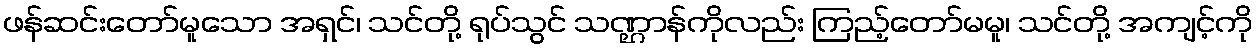
ဖန်ဆင်းတော်မူသော အရှင်၊ သင်တို့ ရုပ်သွင် သဏ္ဌာန်ကိုလည်း ကြည့်တော်မမူ၊ သင်တို့ အကျင့်ကို